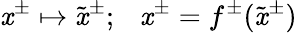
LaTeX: \mathit{x}^{\pm}\mapsto\tilde{{\mathit{x}}}^{\pm};~~~\mathit{x}^{\pm}=f^{\pm}(\tilde{{\mathit{x}}}^{\pm})